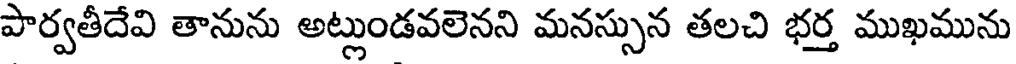
పార్వతీదేవి తానును అట్లుండవలెనని మనస్సున తలచి భర్త ముఖమును